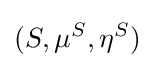
(S,\mu ^{S},\eta ^{S})